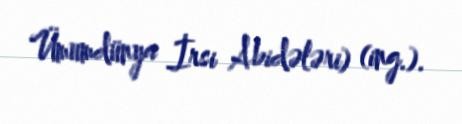
Ümumdünya İrsi Abidələri) (ing.).